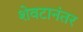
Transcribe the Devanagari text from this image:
शेवटानंतर